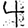
Digit: 4